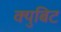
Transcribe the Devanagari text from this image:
क्युबिट